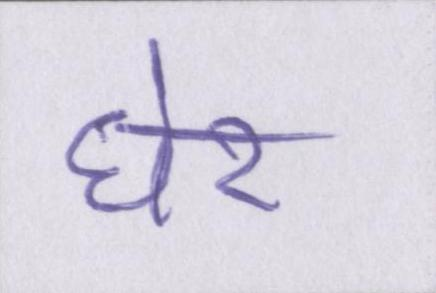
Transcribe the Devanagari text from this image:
घेर